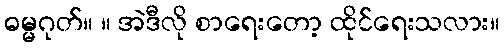
ဓမ္မဂုတ်။ ။ အဲဒီလို စာရေးတော့ ထိုင်ရေးသလား။